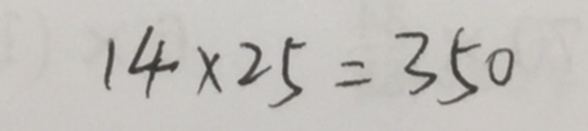
1 4 \times 2 5 = 3 5 0